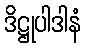
ဒိဋ္ဌုပါဒါနံ